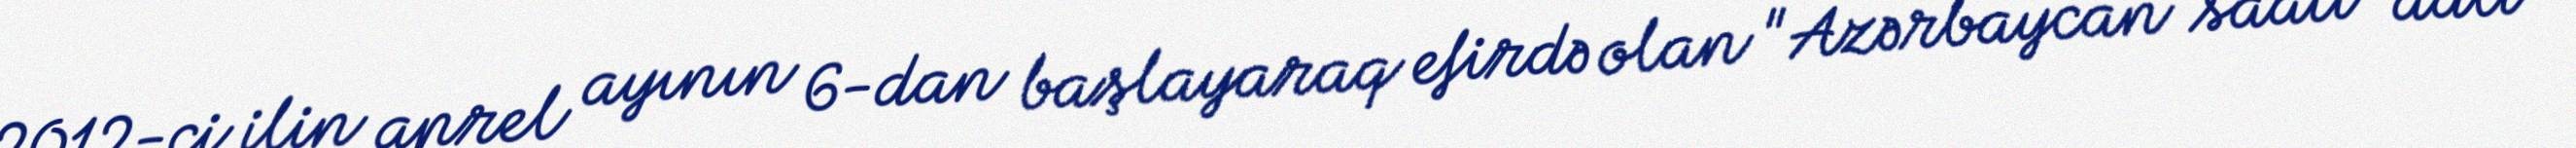
2012-ci ilin aprel ayının 6-dan başlayaraq efirdə olan "Azərbaycan saatı" adlı